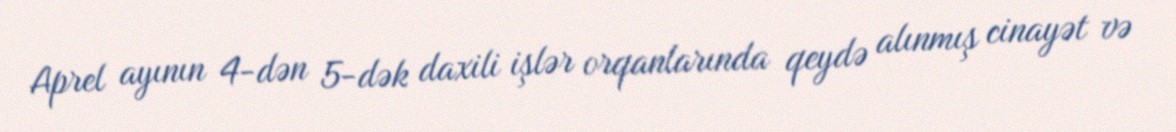
Aprel ayının 4-dən 5-dək daxili işlər orqanlarında qeydə alınmış cinayət və